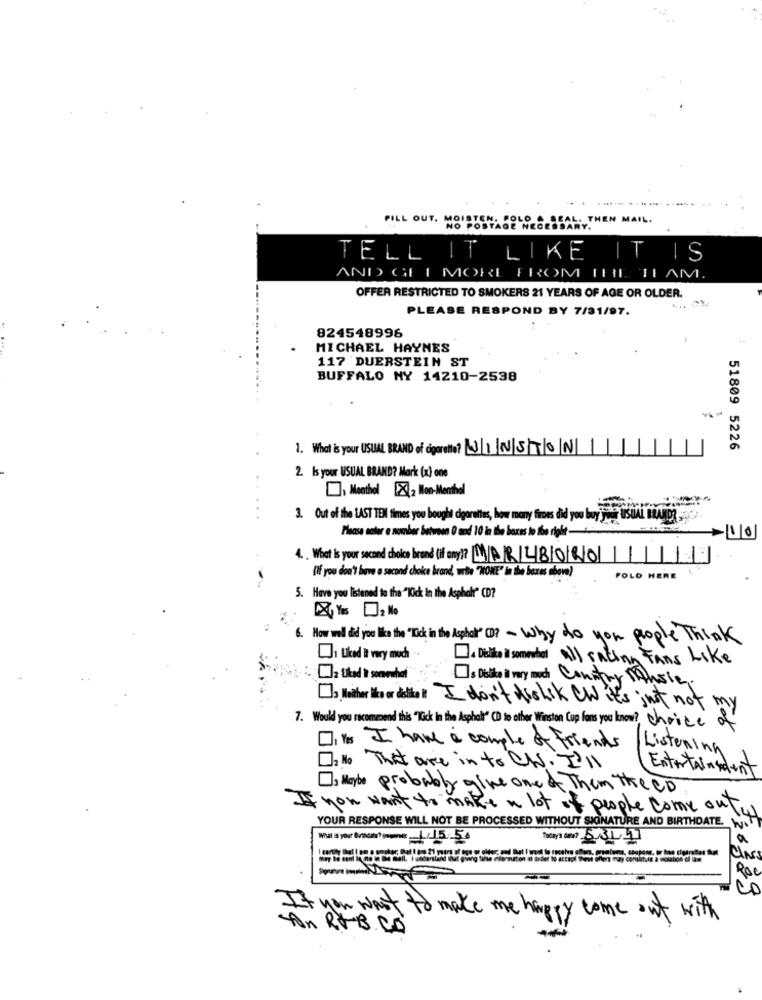
THEN MAIL.
FILL OUT. MOSOSNESSA
TELL IT LIKE IT IS
AND GHI MORE FROM THE 11 AM.
OFFER RESTRICTED TO SMOKERS 21 YEARS OF AGE OR OLDER.
PLEASE RESPOND BY 7/31/97.
824548996
MICHAEL HAYNES
117 DUERSTEIN ST
BUFFALO NY 14210-2538
1. What is your USUAL BRAND of cigarette? WINSTON
51809 5226
2. Is your USUAL BRAND? Mark (x) one
Menthol X2 Mon-Menthol
3. Out of the LAST TEN times you bought cigarettes, how many fires did you buy your USUAL BRANIDR -23
Please actor a number between 0 and 10 in the boxes to Bbe right -
10
4. What is your second choice brand (if any)? MARLBORO
(If you don't have a second choice brand, write "WOWE" In the boxes above)
POLO HERE
5. Have you listened to the "Kick in the Asphalt" CD?
6. How well did you like the "Kick in the Asphalt" D ? - why do you people Think
1 Uked It very much
[. Dilto in somenot all racing Fans Like
[Is Dislike il very much Country Music.
, Ilother like or dislike ? I don't dishsk CW it's just not my
7. Would you recommend this "Tick in the Asphalt" CD to other Winston Cup fons you know? choice of
Dit I have & comple of friends
Listening
D.N That are in to UN. I'll
Entertainedent
If you want to make a lot of people come out.
. Maybe probably give one of Them The CD
YOUR RESPONSE WILL NOT BE PROCESSED WITHOUT SIGNATURE AND BIRTHDATE_ W.
Today's da? 5/311
336329
you wast to make me happy come out with
-Fon RGB CO